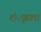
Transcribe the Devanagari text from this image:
शंृखला